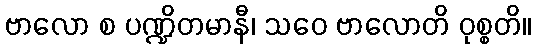
ဗာလော စ ပဏ္ဍိတမာနီ၊ သဝေ ဗာလောတိ ဝုစ္စတိ။